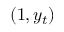
( 1 , y _ { t } )